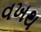
વખથ